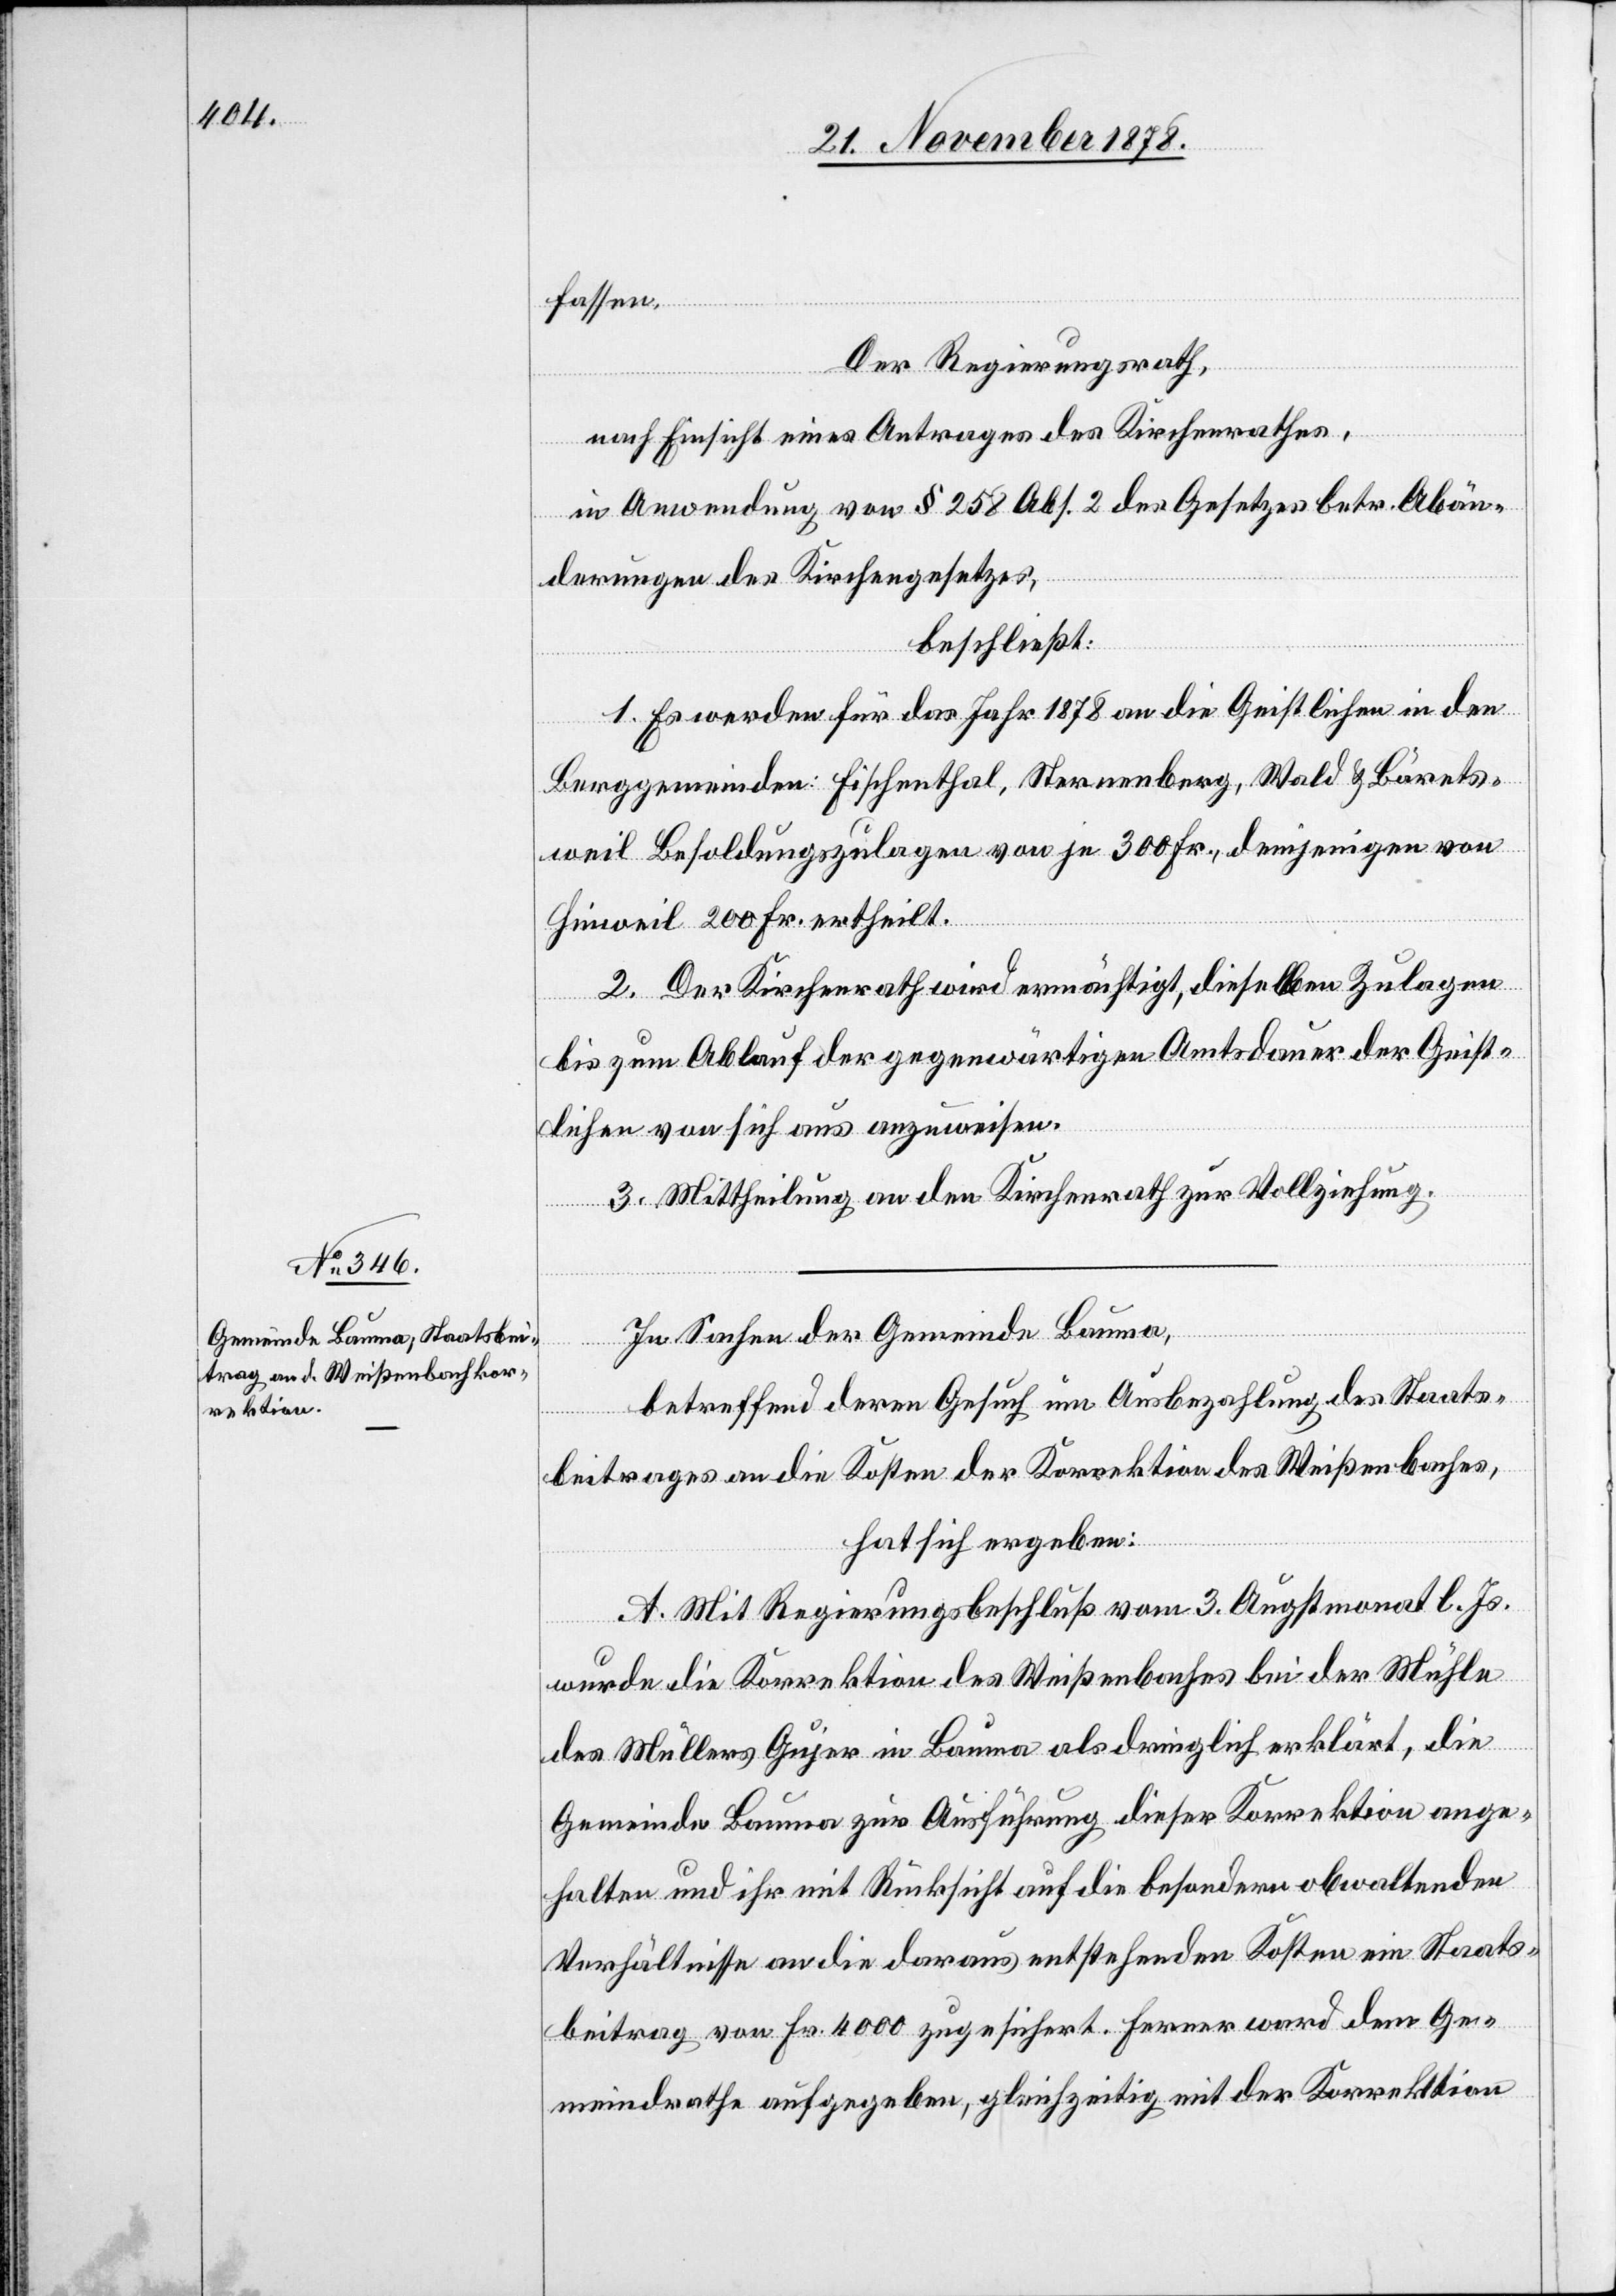
fassen.
Der Regierungsrath,
nach Einsicht eines Antrages des Kirchenrathes,
in Anwendung von § 258 Abs. 2 des Gesetzes betr. Abän¬
derungen des Kirchengesetzes,
beschließt:
1. Es werden für das Jahr 1878 an die Geistlichen in den
Berggemeinden Fischenthal, Sternenberg, Wald & Bärets¬
weil Besoldungszulagen von je 300 Fr., denjenigen von
Hinweil 200 Fr. ertheilt.
2. Der Kirchenrath wird ermächtigt, dieselben Zulagen
bis zum Ablauf der gegenwärtigen Amtsdauer der Geist¬
lichen von sich aus anzuweisen.
3. Mittheilung an den Kirchenrath zur Vollziehung.
In Sachen der Gemeinde Bauma,
betreffend deren Gesuch um Ausbezahlung des Staats¬
beitrages an die Kosten der Korrektion des Weißenbaches,
hat sich ergeben:
A. Mit Regierungsbeschluß vom 3. Augstmonat l. Js.
wurde die Korrektion des Weißenbaches bei der Mühle
des Müllers Gujer in Bauma als dringlich erklärt, die
Gemeinde Bauma zur Ausführung dieser Korrektion ange¬
halten und ihr mit Rücksicht auf die besondern obwaltenden
Verhältnisse an die daraus entstehenden Kosten ein Staats¬
beitrag von Fr. 4000 zugesichert. Ferner ward dem Ge¬
meindrathe aufgegeben, gleichzeitig mit der Korrektion